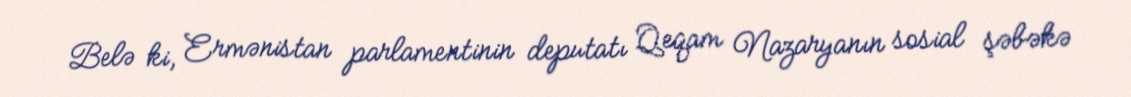
Belə ki, Ermənistan parlamentinin deputatı Qeqam Nazaryanın sosial şəbəkə